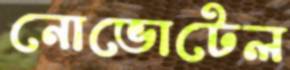
নোভোটেল